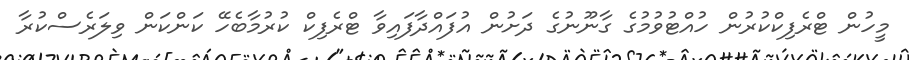
މީހުން ޓްރެފިކްކުރުން ހުއްޓުވުމުގެ ގާނޫނުގެ ދަށުން އުފައްދާފައިވާ ޓްރެފިކް ކުރުމާބެހޭ ކަންކަން ވިލަރެސްކުރާ